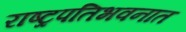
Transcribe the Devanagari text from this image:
राष्ट्रपतिभवनात